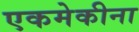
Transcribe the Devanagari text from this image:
एकमेकीना